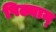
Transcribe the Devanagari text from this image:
पिढ्यान्‌